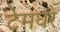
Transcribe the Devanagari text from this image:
टेमघरे